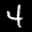
Label: 4